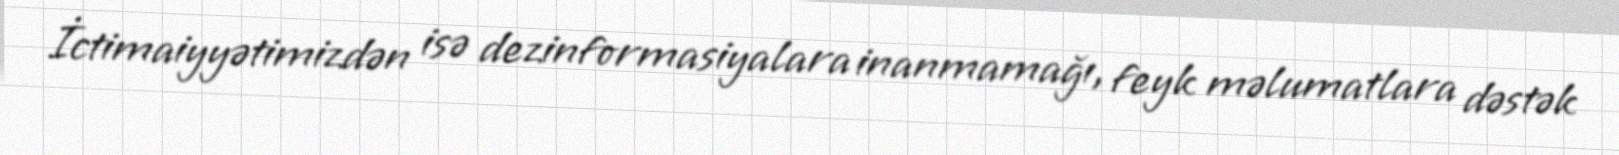
İctimaiyyətimizdən isə dezinformasiyalara inanmamağı, feyk məlumatlara dəstək